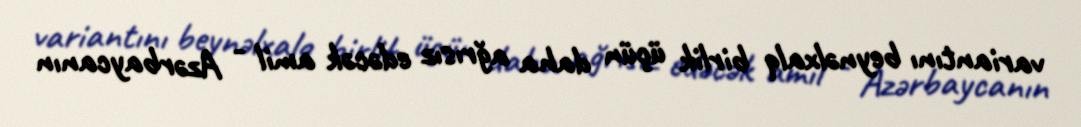
variantını beynəlxalq birlik üçün daha ağrısız edəcək amil - Azərbaycanın